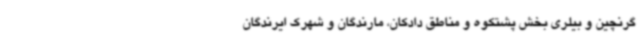
گرنچین و بیلری بخش پشتکوه و مناطق دادکان، مارندگان و شهرک ایرندگان